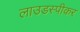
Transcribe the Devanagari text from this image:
लाउडस्‍पीकर